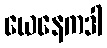
ယေနေကဒါ